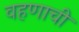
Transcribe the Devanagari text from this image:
वहणाची